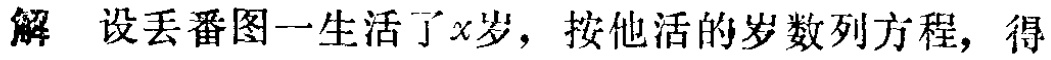
解 设丢番图一生活了\(x\)岁，按他活的岁数列方程，得